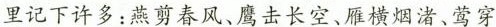
里记下许多：燕剪春风、鹰击长空、雁横烟渚、莺穿